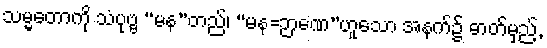
သမ္မတောကို သံပုဗ္ဗ “မန”တည်၊ “မန=ဉာဏေ”ဟူသော အနက်၌ ဓာတ်မှည့်,